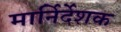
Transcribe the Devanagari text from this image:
मार्निर्देशक